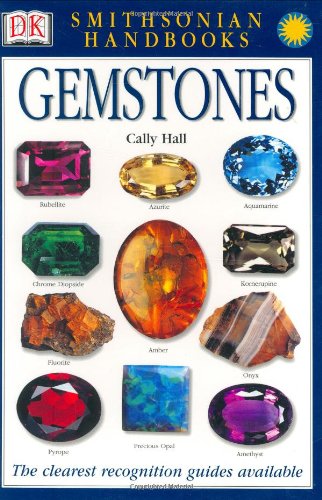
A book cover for Smithsonian Handbooks: Gemstones; Cally Hall; Science & Math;